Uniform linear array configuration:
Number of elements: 64
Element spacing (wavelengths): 0.75
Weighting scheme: cosine
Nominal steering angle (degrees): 15
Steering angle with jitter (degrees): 14.841
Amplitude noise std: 0.05
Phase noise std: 0.05

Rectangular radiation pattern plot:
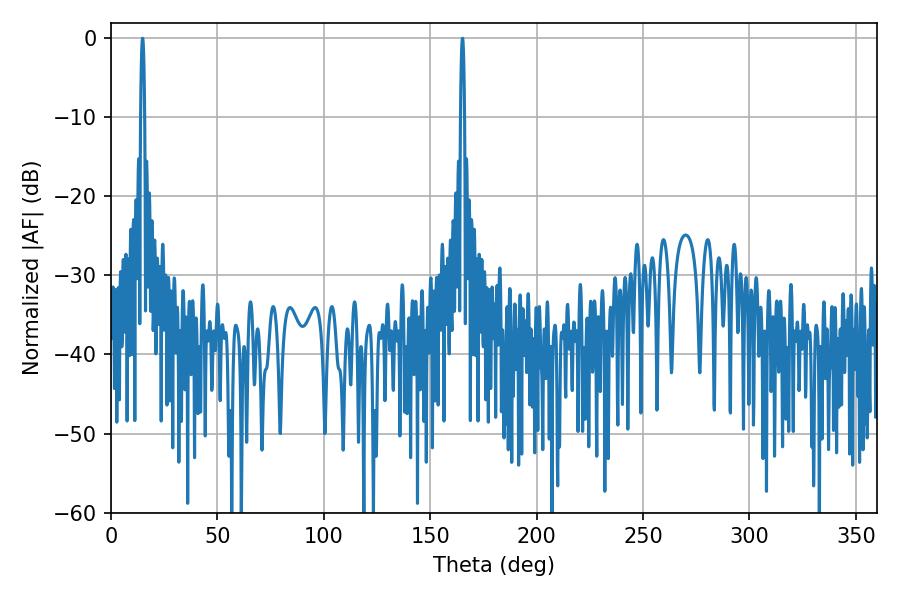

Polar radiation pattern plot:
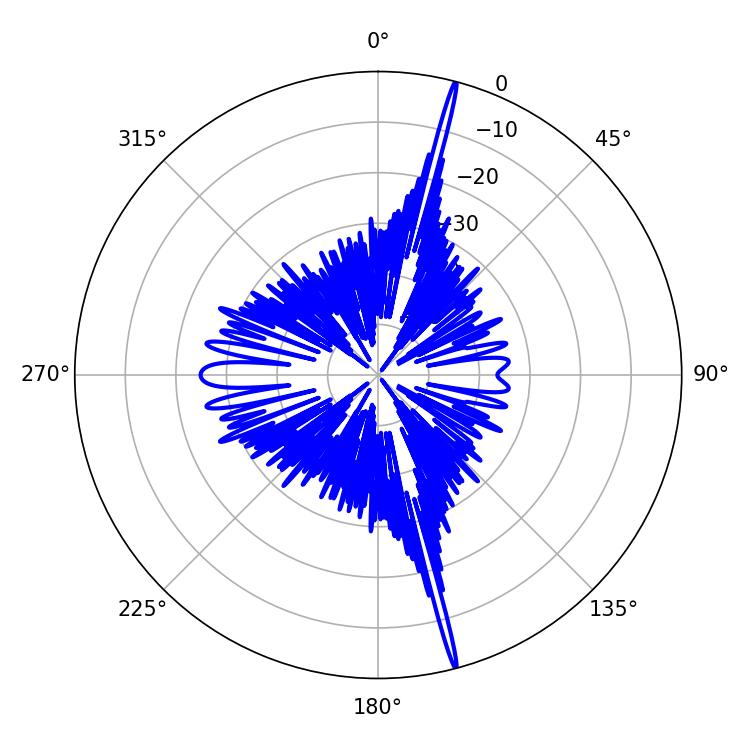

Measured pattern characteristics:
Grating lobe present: TRUE
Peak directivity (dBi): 22.937
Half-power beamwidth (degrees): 0.9
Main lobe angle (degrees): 165.24